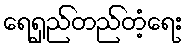
ရေရှည်တည်တံ့ရေး